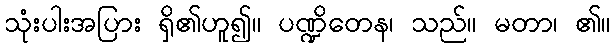
သုံးပါးအပြား ရှိ၏ဟူ၍။ ပဏ္ဍိတေန၊ သည်။ မတာ၊ ၏။